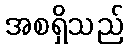
အစရှိသည်